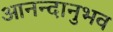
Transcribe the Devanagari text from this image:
आनन्दानुभव